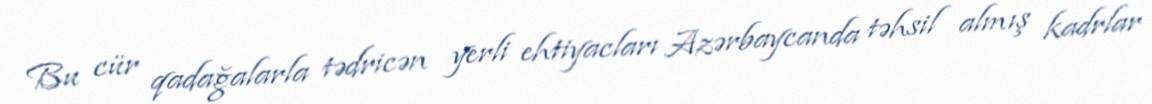
Bu cür qadağalarla tədricən yerli ehtiyacları Azərbaycanda təhsil almış kadrlar